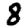
Digit: 8